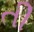
તી